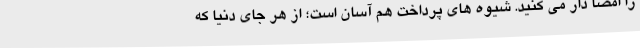
را امضا دار می کنید. شیوه های پرداخت هم آسان است؛ از هر جای دنیا که